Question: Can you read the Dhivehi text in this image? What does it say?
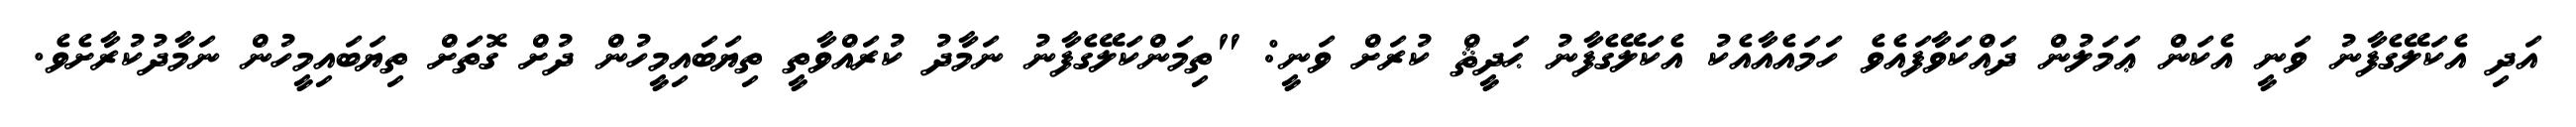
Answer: އަދި އެކަލޭގެފާނު ވަނީ އެކަން ޢަމަލުން ދައްކަވާފައެވެ ހަމައެއާއެކު އެކަލޭގެފާނު ޙަދީޘް ކުރަށް ވަނީ: "ތިމަންކަލޭގެފާނު ނަމާދު ކުރައްވާތީ ތިޔަބައިމީހުން ދުށް ގޮތަށް ތިޔަބައިމީހުން ނަމާދުކުރާށެވެ.